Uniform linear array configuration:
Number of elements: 48
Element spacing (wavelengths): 1
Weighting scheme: cosine
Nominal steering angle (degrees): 30
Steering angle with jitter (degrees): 28.972
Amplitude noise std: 0.05
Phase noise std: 0.05

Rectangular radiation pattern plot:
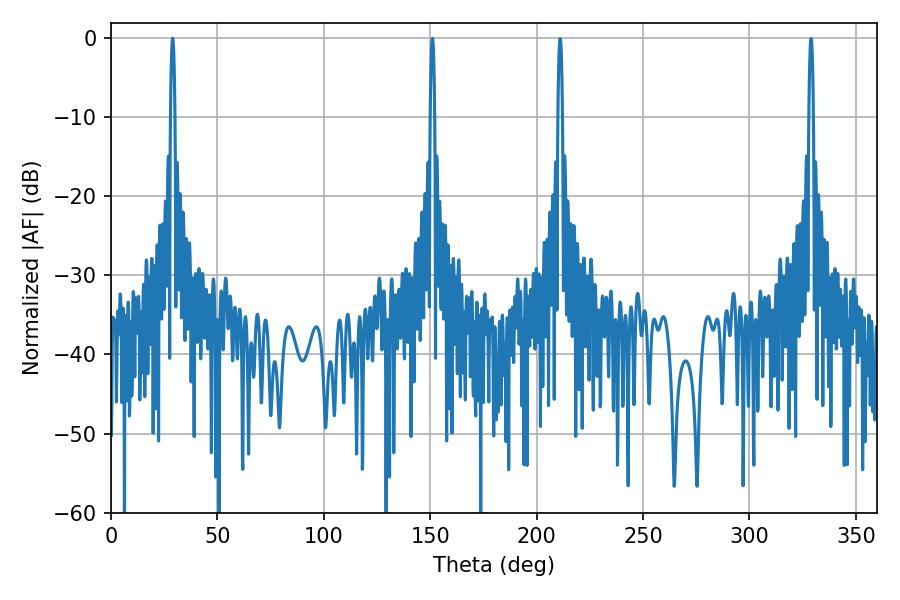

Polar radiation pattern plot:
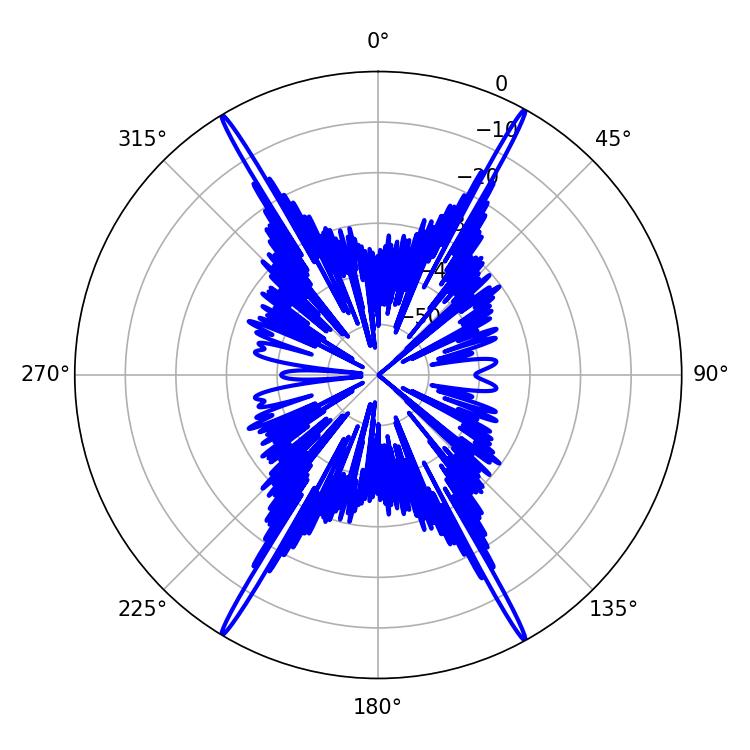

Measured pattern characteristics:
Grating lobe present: TRUE
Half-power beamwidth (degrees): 1.08
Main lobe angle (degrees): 151.02